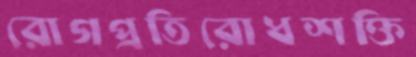
রোগপ্রতিরোধশক্তি